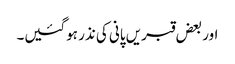
اور بعض قبریں پانی کی نذر ہوگئیں۔